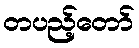
တပည့်တော်